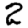
Digit: 2